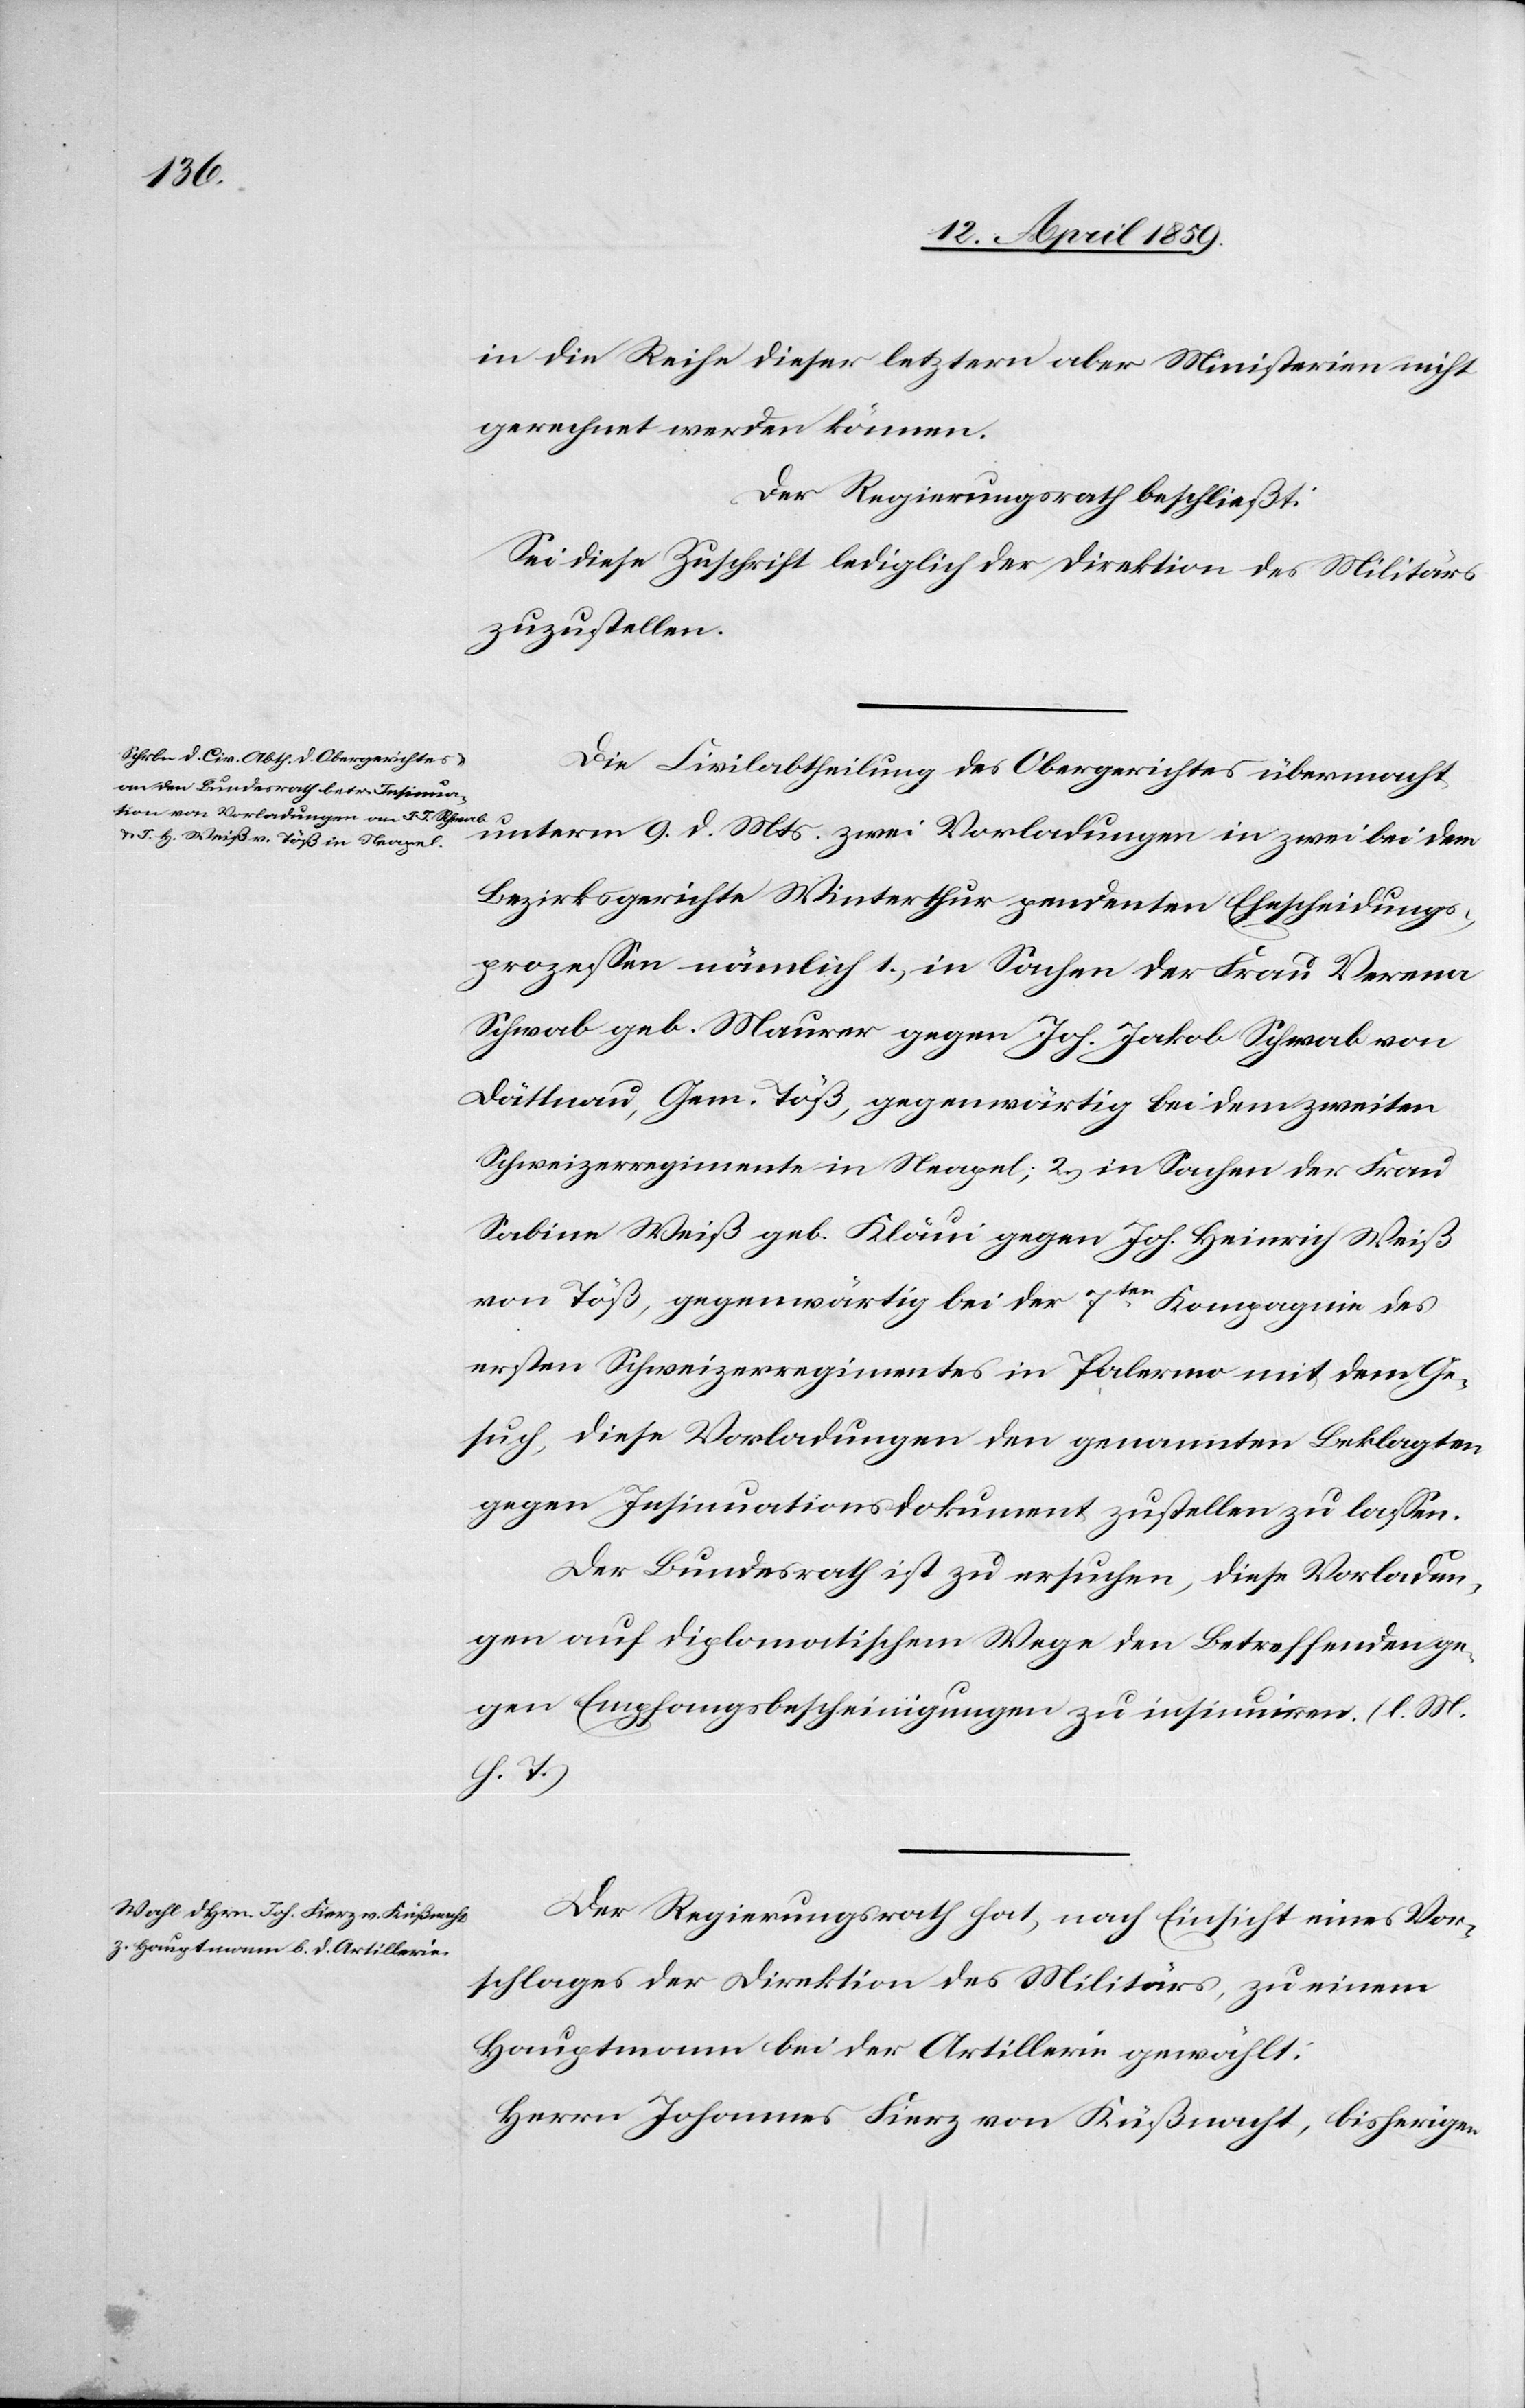
in die Reihe dieser letztern aber Ministerien nicht
gerechnet werden können.
Der Regierungsrath beschließt:
Sei diese Zuschrift lediglich der Direktion des Militärs
zuzustellen.
Die Civilabtheilung des Obergerichtes übermacht
unterm 9. d. Mts. zwei Vorladungen in zwei bei dem
Bezirksgerichte Winterthur pendenten Ehescheidungs¬
prozeßen nämlich 1.) in Sachen der Frau Verena
Schwab geb. Maurer gegen Joh. Jakob Schwab von
Dättnau, Gem. Töß, gegenwärtig bei dem zweiten
Schweizerregimente in Neapel; 2.) in Sachen der Frau
Sabine Weiß geb. Kläui gegen Joh. Heinrich Weiß
von Töß, gegenwärtig bei der 7ten Kompagnie des
ersten Schweizerregimentes in Palermo mit dem Ge¬
such, diese Vorladungen den genannten Beklagten
gegen Insinuationsdokument zustellen zu laßen.
Der Bundesrath ist zu ersuchen, diese Vorladun¬
gen auf diplomatischem Wege den Betreffenden ge¬
gen Empfangsbescheinigungen zu insinuiren. (l. M.
h. T.)
Der Regierungsrath hat, nach Einsicht eines Vor¬
schlages der Direktion des Militärs, zu einem
Hauptmann bei der Artillerie gewählt:
Herrn Johannes Fierz von Küßnacht, bisherigen